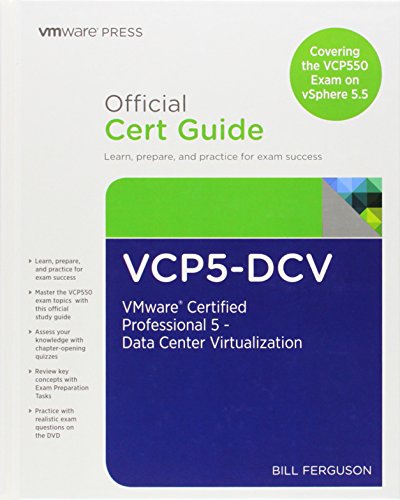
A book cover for VCP5-DCV Official Certification Guide (Covering the VCP550 Exam): VMware Certified Professional 5 - Data Center Virtualization (2nd Edition) (VMware Press Certification); Bill Ferguson; Computers & Technology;